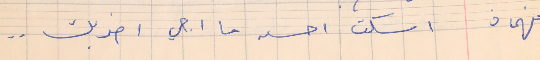
فهمان          اسكت احسن ما اجي اضربك . .